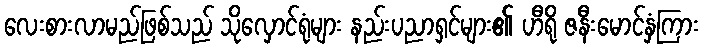
လေးစားလာမည်ဖြစ်သည် သိုလှောင်ရုံများ နည်းပညာရှင်များ၏ ဟီရို ဇနီးမောင်နှံကြား